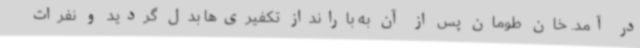
در آمد. خان طومان پس از آن به بارانداز تکفیری‌ها بدل گردید و نفرات